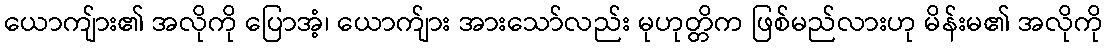
ယောကျ်ား၏ အလိုကို ပြောအံ့၊ ယောက်ျား အားသော်လည်း မုဟုတ္တိက ဖြစ်မည်လားဟု မိန်းမ၏ အလိုကို